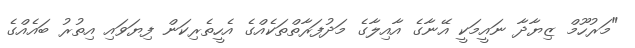
"މަރުހޫމް ޒިޔާދާ ނައީމަކީ އޭނާގެ އާއިލާގެ މަދުފަރާތްތަކެއްގެ އެހީތެރިކަން ފިޔަވައި އިތުރު ބައެއްގެ